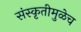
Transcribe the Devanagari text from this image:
संस्कृतीमुळेच